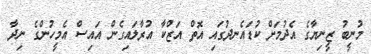
މުނީބު ޒީނިޔާގެ އެދުމަށް ކުޑައެނދުގައި އޮތް އަޒްކާ އުރާލައިގެން އައިސް އެމީހުންގެ ނިދާ